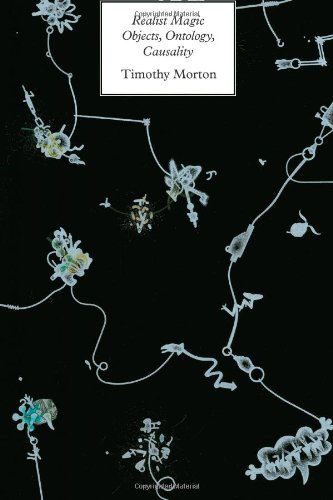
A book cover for Realist Magic: Objects, Ontology, Causality (New Metaphysics); Timothy Morton; Politics & Social Sciences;